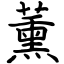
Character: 薰